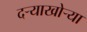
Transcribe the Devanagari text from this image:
दर्‍याखोर्‍या